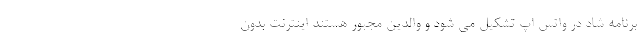
برنامه شاد در واتس اپ تشکیل می شود و والدین مجبور هستند اینترنت بدون